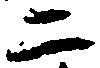
二